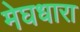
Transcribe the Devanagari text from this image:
मेघधारा